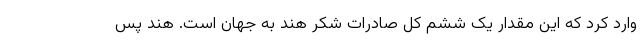
وارد کرد که این مقدار یک ششم کل صادرات شکر هند به جهان است. هند پس